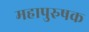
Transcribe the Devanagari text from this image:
महापुरुषक